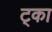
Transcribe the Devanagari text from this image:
ट्का